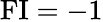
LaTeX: \operatorname{FI}=-1